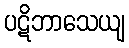
ပဋိဘာသေယျ